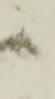
候